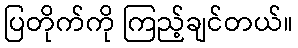
ပြတိုက်ကို ကြည့်ချင်တယ်။